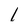
Character: l